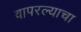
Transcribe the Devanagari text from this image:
वापरल्याचा